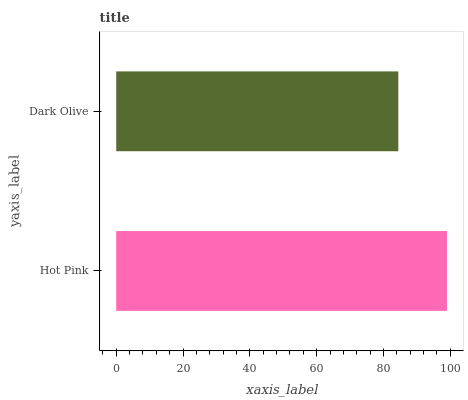
| yaxis_label | bars |
 | --- | --- |
 | Hot Pink | 99 |
 | Dark Olive | 84.4 |